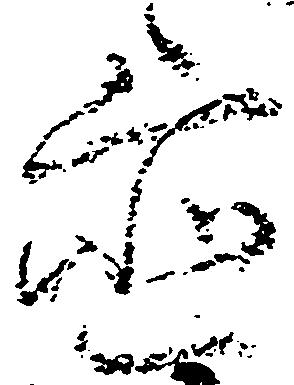
置